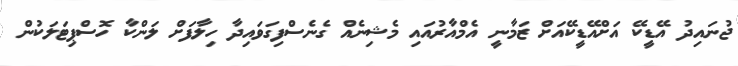
ޖުނައިދު އޭޑީކޭ އަށްއޭޑީކޭއަށް ޒަމާނީ އެމްއާރުއައި މެޝިނެއް ގެނެސްފިގަވައިދާ ހިލާފަށް ލަންކާ ހޮސްޕިޓަލަކުން